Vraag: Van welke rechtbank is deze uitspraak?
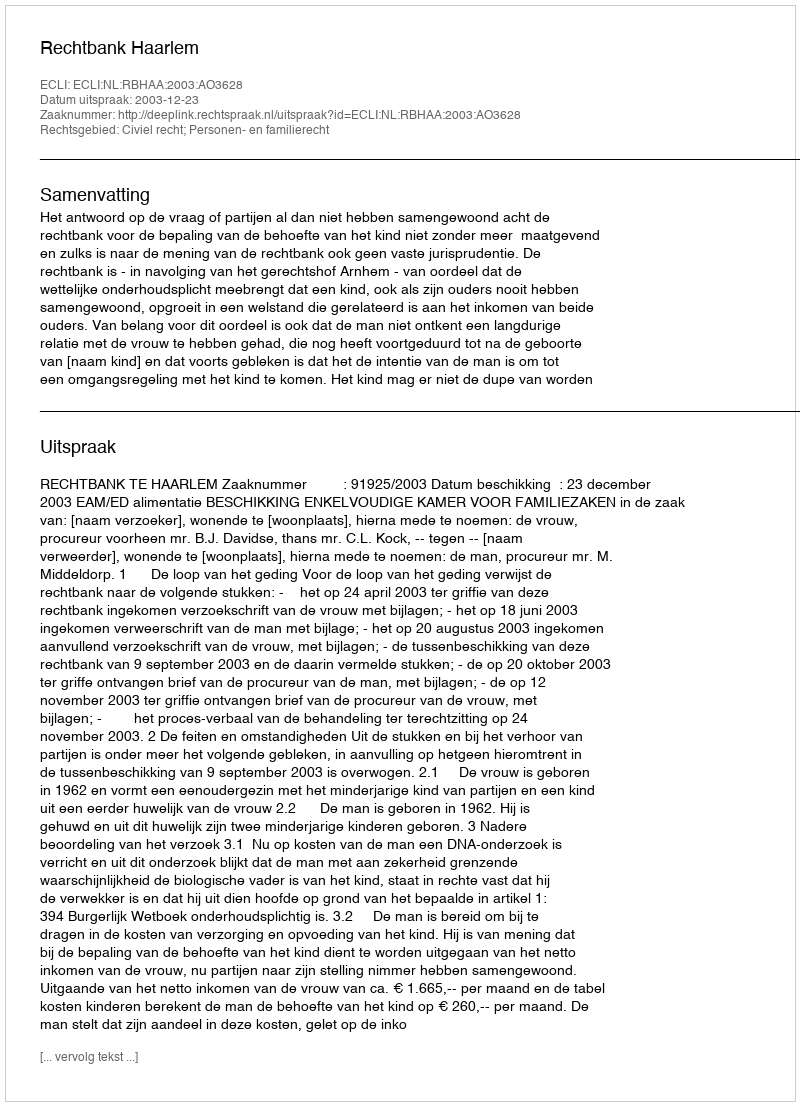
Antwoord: Rechtbank Haarlem